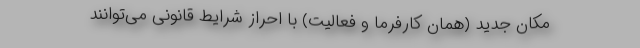
مکان جدید (همان کارفرما و فعالیت) با احراز شرایط قانونی می‌توانند